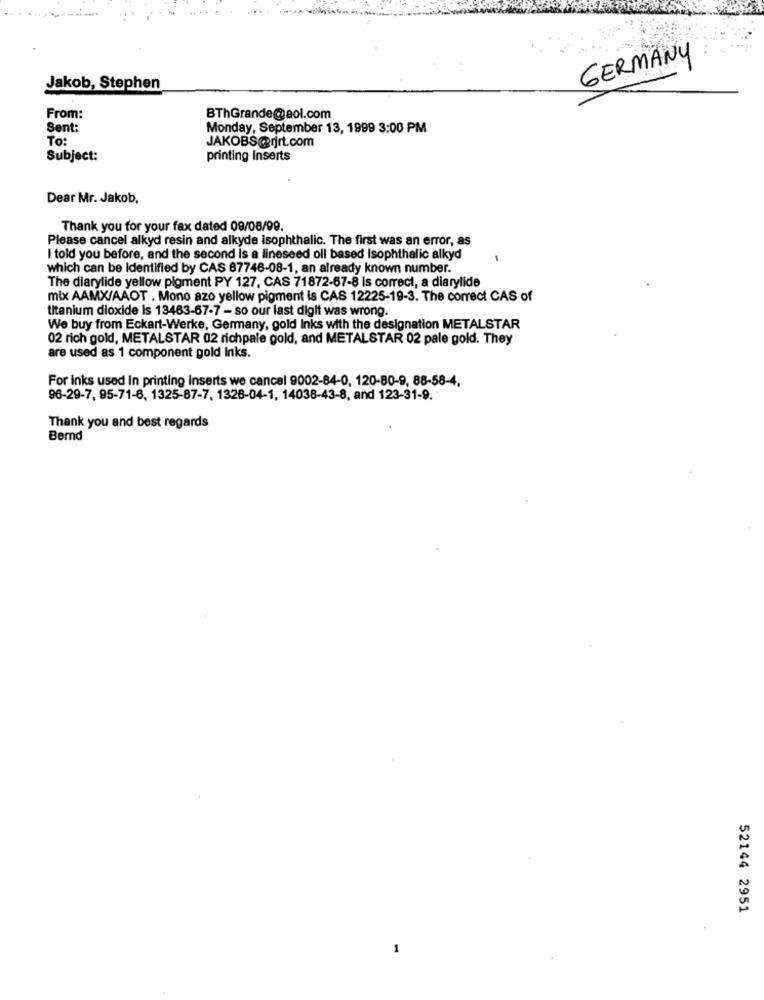
GERMANY
Jakob, Stephen
From:
BThGrande@aol.com
Sent:
Monday, September 13, 1999 3:00 PM
To:
JAKOBS@rjrt.com
Subject:
printing inserts
Dear Mr. Jakob,
Thank you for your fax dated 09/08/99.
Please cancel alkyd resin and alkyde isophthalic. The first was an error, as
I told you before, and the second is a lineseed oll based Isophthalic alkyd
which can be Identified by CAS 87746-08-1, an already known number.
The diarylide yellow pigment PY 127, CAS 71872-67-8 is correct, a diarylide
mix AAMX/AAOT . Mono azo yellow pigment is CAS 12225-19-3. The correct CAS of
titanium dioxide is 13483-67-7 - so our last digit was wrong.
We buy from Eckart-Werke, Germany, gold Inks with the designation METALSTAR
02 rich gold, METALSTAR 02 richpale gold, and METALSTAR 02 pale gold. They
are used as 1 component gold Inks.
For inks used in printing inserts we cancel 9002-84-0, 120-80-9, 88-58-4,
96-29-7, 95-71-8, 1325-87-7, 1326-04-1, 14038-43-8, and 123-31-9.
Thank you and best regards
Bernd
52144 2951